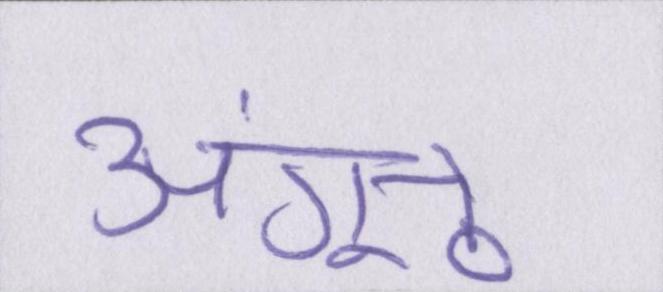
अंगूठे